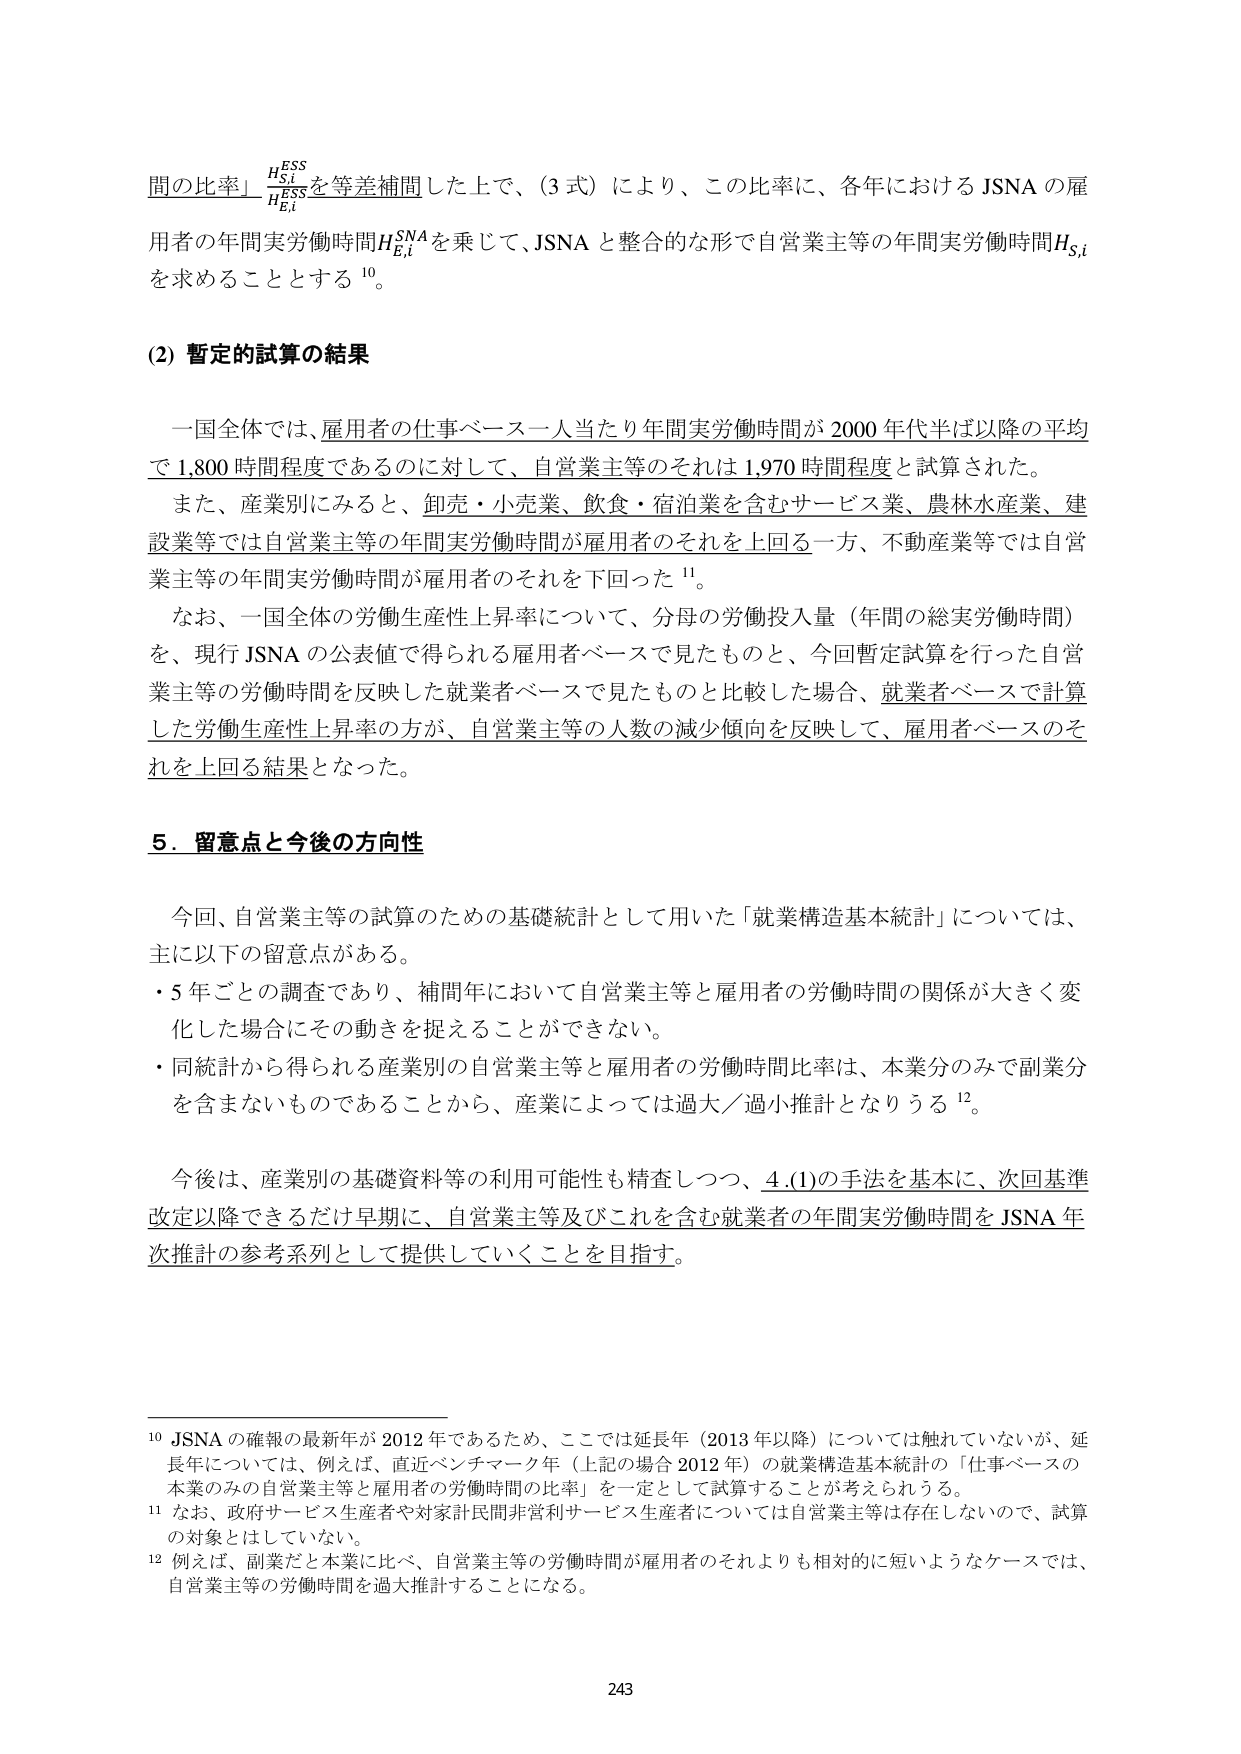
間の比率」$\frac{H_{S,i}^{ESS}}{H_{E,i}^{ESS}}$を等差補間した上で、（3式）により、この比率に、各年におけるJSNAの雇用者の年間実労働時間$H_{E,i}^{SNA}$を乗じて、JSNAと整合的な形で自営業主等の年間実労働時間$H_{S,i}$を求める thing とする $^{10}$。

(2) 暫定的試算の結果

一国全体では、雇用者の仕事ベース一人当たり年間実労働時間が2000年代半ば以降の平均で1,800時間程度であるのに対して、自営業主等のそれは1,970時間程度と試算された。

また、産業別にみると、卸売・小売業、飲食・宿泊業を含むサービス業、農林水産業、建設業等では自営業主等の年間実労働時間が雇用者のそれを上回る一方、不動産業等では自営業主等の年間実労働時間が雇用者のそれを下回った $^{11}$。

なお、一国全体の労働生産性上昇率について、分母の労働投入量（年間の総実労働時間）を、現行JSNAの公表値で得られる雇用者ベースで見たものと、今回暫定試算を行った自営業主等の労働時間を反映した就業者ベースで見たものと比較した場合、就業者ベースで計算した労働生産性上昇率の方が、自営業主等の人数の減少傾向を反映して、雇用者ベースのそれを上回る結果となった。

5. 留意点と今後の方針性

今回、自営業主等の試算のための基礎統計として用いた「就業構造基本統計」については、主に以下の留意点がある。

・5年ごとの調査であり、補間年において自営業主等と雇用者の労働時間の関係が大きく変化した場合にその動きを捉えることができない。

・同統計から得られる産業別の自営業主等と雇用者の労働時間比率は、本業分のみで副業分を含まないものであることから、産業によっては過大／過小推計となりうる $^{12}$。

今後は、産業別の基礎資料等の利用可能性も精査しつつ、4.(1)の手法を基本に、次回基準改定以降できるだけ早期に、自営業主等及びこれを含む就業者の年間実労働時間をJSNA年次推計の参考系列として提供していくことを目指す。

$^{10}$ JSNAの確報の最新年が2012年であるため、ここでは延長年（2013年以降）については触れていないが、延長年については、例えば、直近ベンチマーク年（上記の場合2012年）の就業構造基本統計の「仕事ベースの本業のみの自営業主等と雇用者の労働時間の比率」を一定として試算することが考えられる。

$^{11}$ なお、政府サービス生産者や対象計民間非営利サービス生産者については自営業主等は存在しないので、試算の対象とはしていない。

$^{12}$ 例えば、副業だと本業に比べ、自営業主等の労働時間が雇用者のそれよりも相対的に短いようなケースでは、自営業主等の労働時間を過大推計することになる。

243